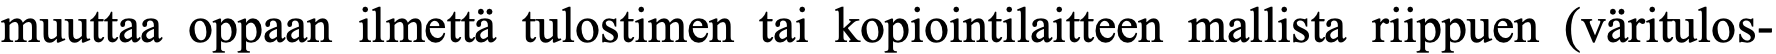
muuttaa oppaan ilmettä tulostimen tai kopiointilaitteen mallista riippuen (väritulos-